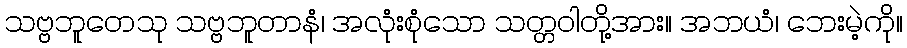
သဗ္ဗဘူတေသု သဗ္ဗဘူတာနံ၊ အလုံးစုံသော သတ္တဝါတို့အား။ အဘယံ၊ ဘေးမဲ့ကို။